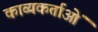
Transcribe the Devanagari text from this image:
काव्यकर्ताओं